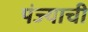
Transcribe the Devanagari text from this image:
पंज्याची